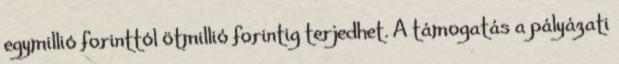
egymillió forinttól ötmillió forintig terjedhet. A támogatás a pályázati